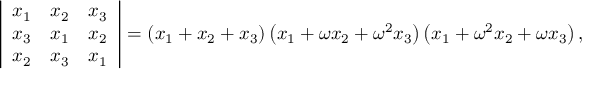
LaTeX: \left| { \begin{array} { c c c } { x _ { 1 } } & { x _ { 2 } } & { x _ { 3 } } \\ { x _ { 3 } } & { x _ { 1 } } & { x _ { 2 } } \\ { x _ { 2 } } & { x _ { 3 } } & { x _ { 1 } } \end{array} } \right| = \left( x _ { 1 } + x _ { 2 } + x _ { 3 } \right) \left( x _ { 1 } + \omega x _ { 2 } + \omega ^ { 2 } x _ { 3 } \right) \left( x _ { 1 } + \omega ^ { 2 } x _ { 2 } + \omega x _ { 3 } \right) ,